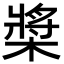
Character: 槳